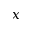
x